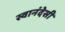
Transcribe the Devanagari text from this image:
स्वानंदेसी